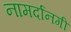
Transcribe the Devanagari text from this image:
नामर्दानगी